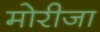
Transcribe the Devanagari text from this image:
मोरीजा